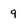
Character: 9